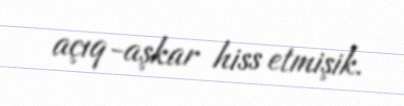
açıq-aşkar hiss etmişik.